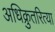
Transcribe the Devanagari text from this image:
अधिक्रुतरित्या